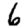
Digit: 6